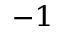
^ { - 1 }